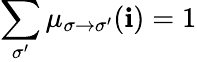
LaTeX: \sum_{\sigma^{\prime}}\mu_{\sigma\to\sigma^{\prime}}(\mathbf{i})=1